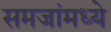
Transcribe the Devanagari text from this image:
समजांमध्ये